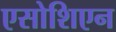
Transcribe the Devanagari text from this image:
एसोशिएन